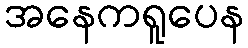
အနေကရူပေန